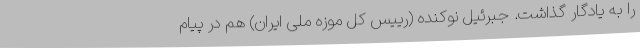
را به یادگار گذاشت. جبرئیل نوکنده (رییس کل موزه ملی ایران) هم در پیام